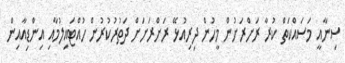
ސިނާއީ މަސައްކަތް ކުރާ ރަށްރަށުން މީހުން ދިރިއުޅޭ ރަށްރަށަށް ދަތުރުކުރުން ހުއްޓައިލުމާއި އިންޑިއާއިން